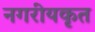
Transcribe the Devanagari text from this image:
नगरीयकृत